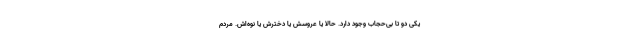
یکی دو تا بی‌حجاب وجود دارد. حالا یا عروسش یا دخترش یا نوه‌اش. مردم